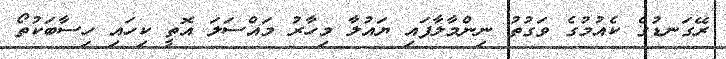
ރޭގަނޑުގެ ކެއުމުގެ ވަގުތު ނިންމާލާފައި ޔައުލާ މިހާރު މައްސަލަ އޮތީ ކިހައި ހިސާބަކުތޯ